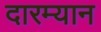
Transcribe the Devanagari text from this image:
दारम्यान